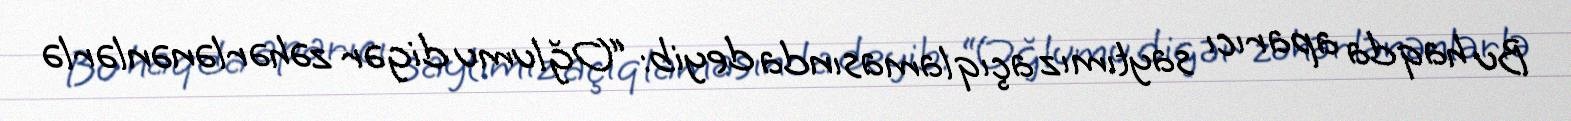
Bu haqda aparıcı saytımız açıqlamasında deyib: “Oğlumu digər zəhərlənənlərlə